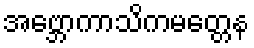
အဗ္ဘောကာသိကမတ္တေန